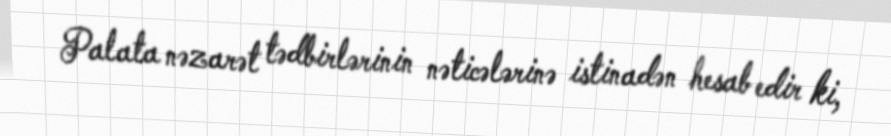
Palata nəzarət tədbirlərinin nəticələrinə istinadən hesab edir ki,